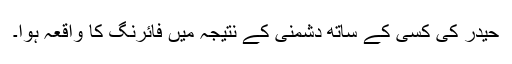
حیدر کی کسی کے ساتھ دشمنی کے نتیجہ میں فائرنگ کا واقعہ ہوا۔